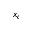
x _ { c }